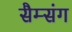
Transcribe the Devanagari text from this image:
सैम्संग